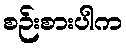
စဉ်းစားပါက